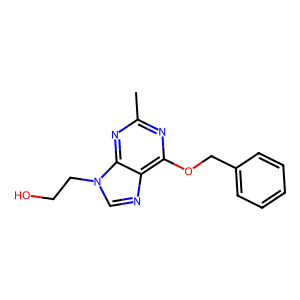
SMILES: Cc1nc(OCc2ccccc2)c2ncn(CCO)c2n1
Inhibits HIV replication: No